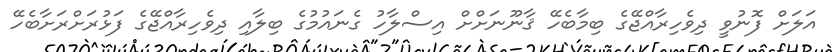
އަލަށް ފޮނުވީ ދިވެހިރާއްޖޭގެ ބިމާބެހޭ ޤާނޫނަށްށް އިސްލާހު ގެނައުމުގެ ބިލާއި ދިވެހިރާއްޖޭގެ ފަޅުރަށްރަށާބެހޭ